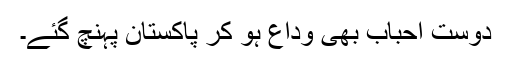
دوست احباب بھی وداع ہو کر پاکستان پہنچ گئے۔